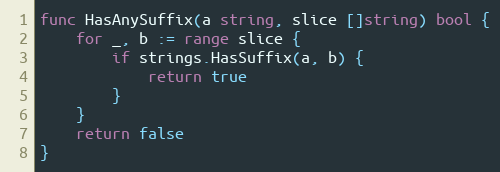
Language: Go
func HasAnySuffix(a string, slice []string) bool {
	for _, b := range slice {
		if strings.HasSuffix(a, b) {
			return true
		}
	}
	return false
}